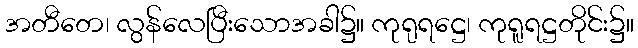
အတီတေ၊ လွန်လေပြီးသောအခါ၌။ ကုရုရဋ္ဌေ၊ ကုရူရဋ္ဌတိုင်း၌။